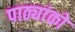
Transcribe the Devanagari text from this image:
पाठ्यांको